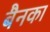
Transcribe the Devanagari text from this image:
बैनका